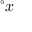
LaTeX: { } ^ { \circ } x